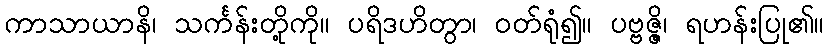
ကာသာယာနိ၊ သင်္ကန်းတို့ကို။ ပရိဒဟိတွာ၊ ဝတ်ရုံ၍။ ပဗ္ဗဇ္ဇိ၊ ရဟန်းပြု၏။